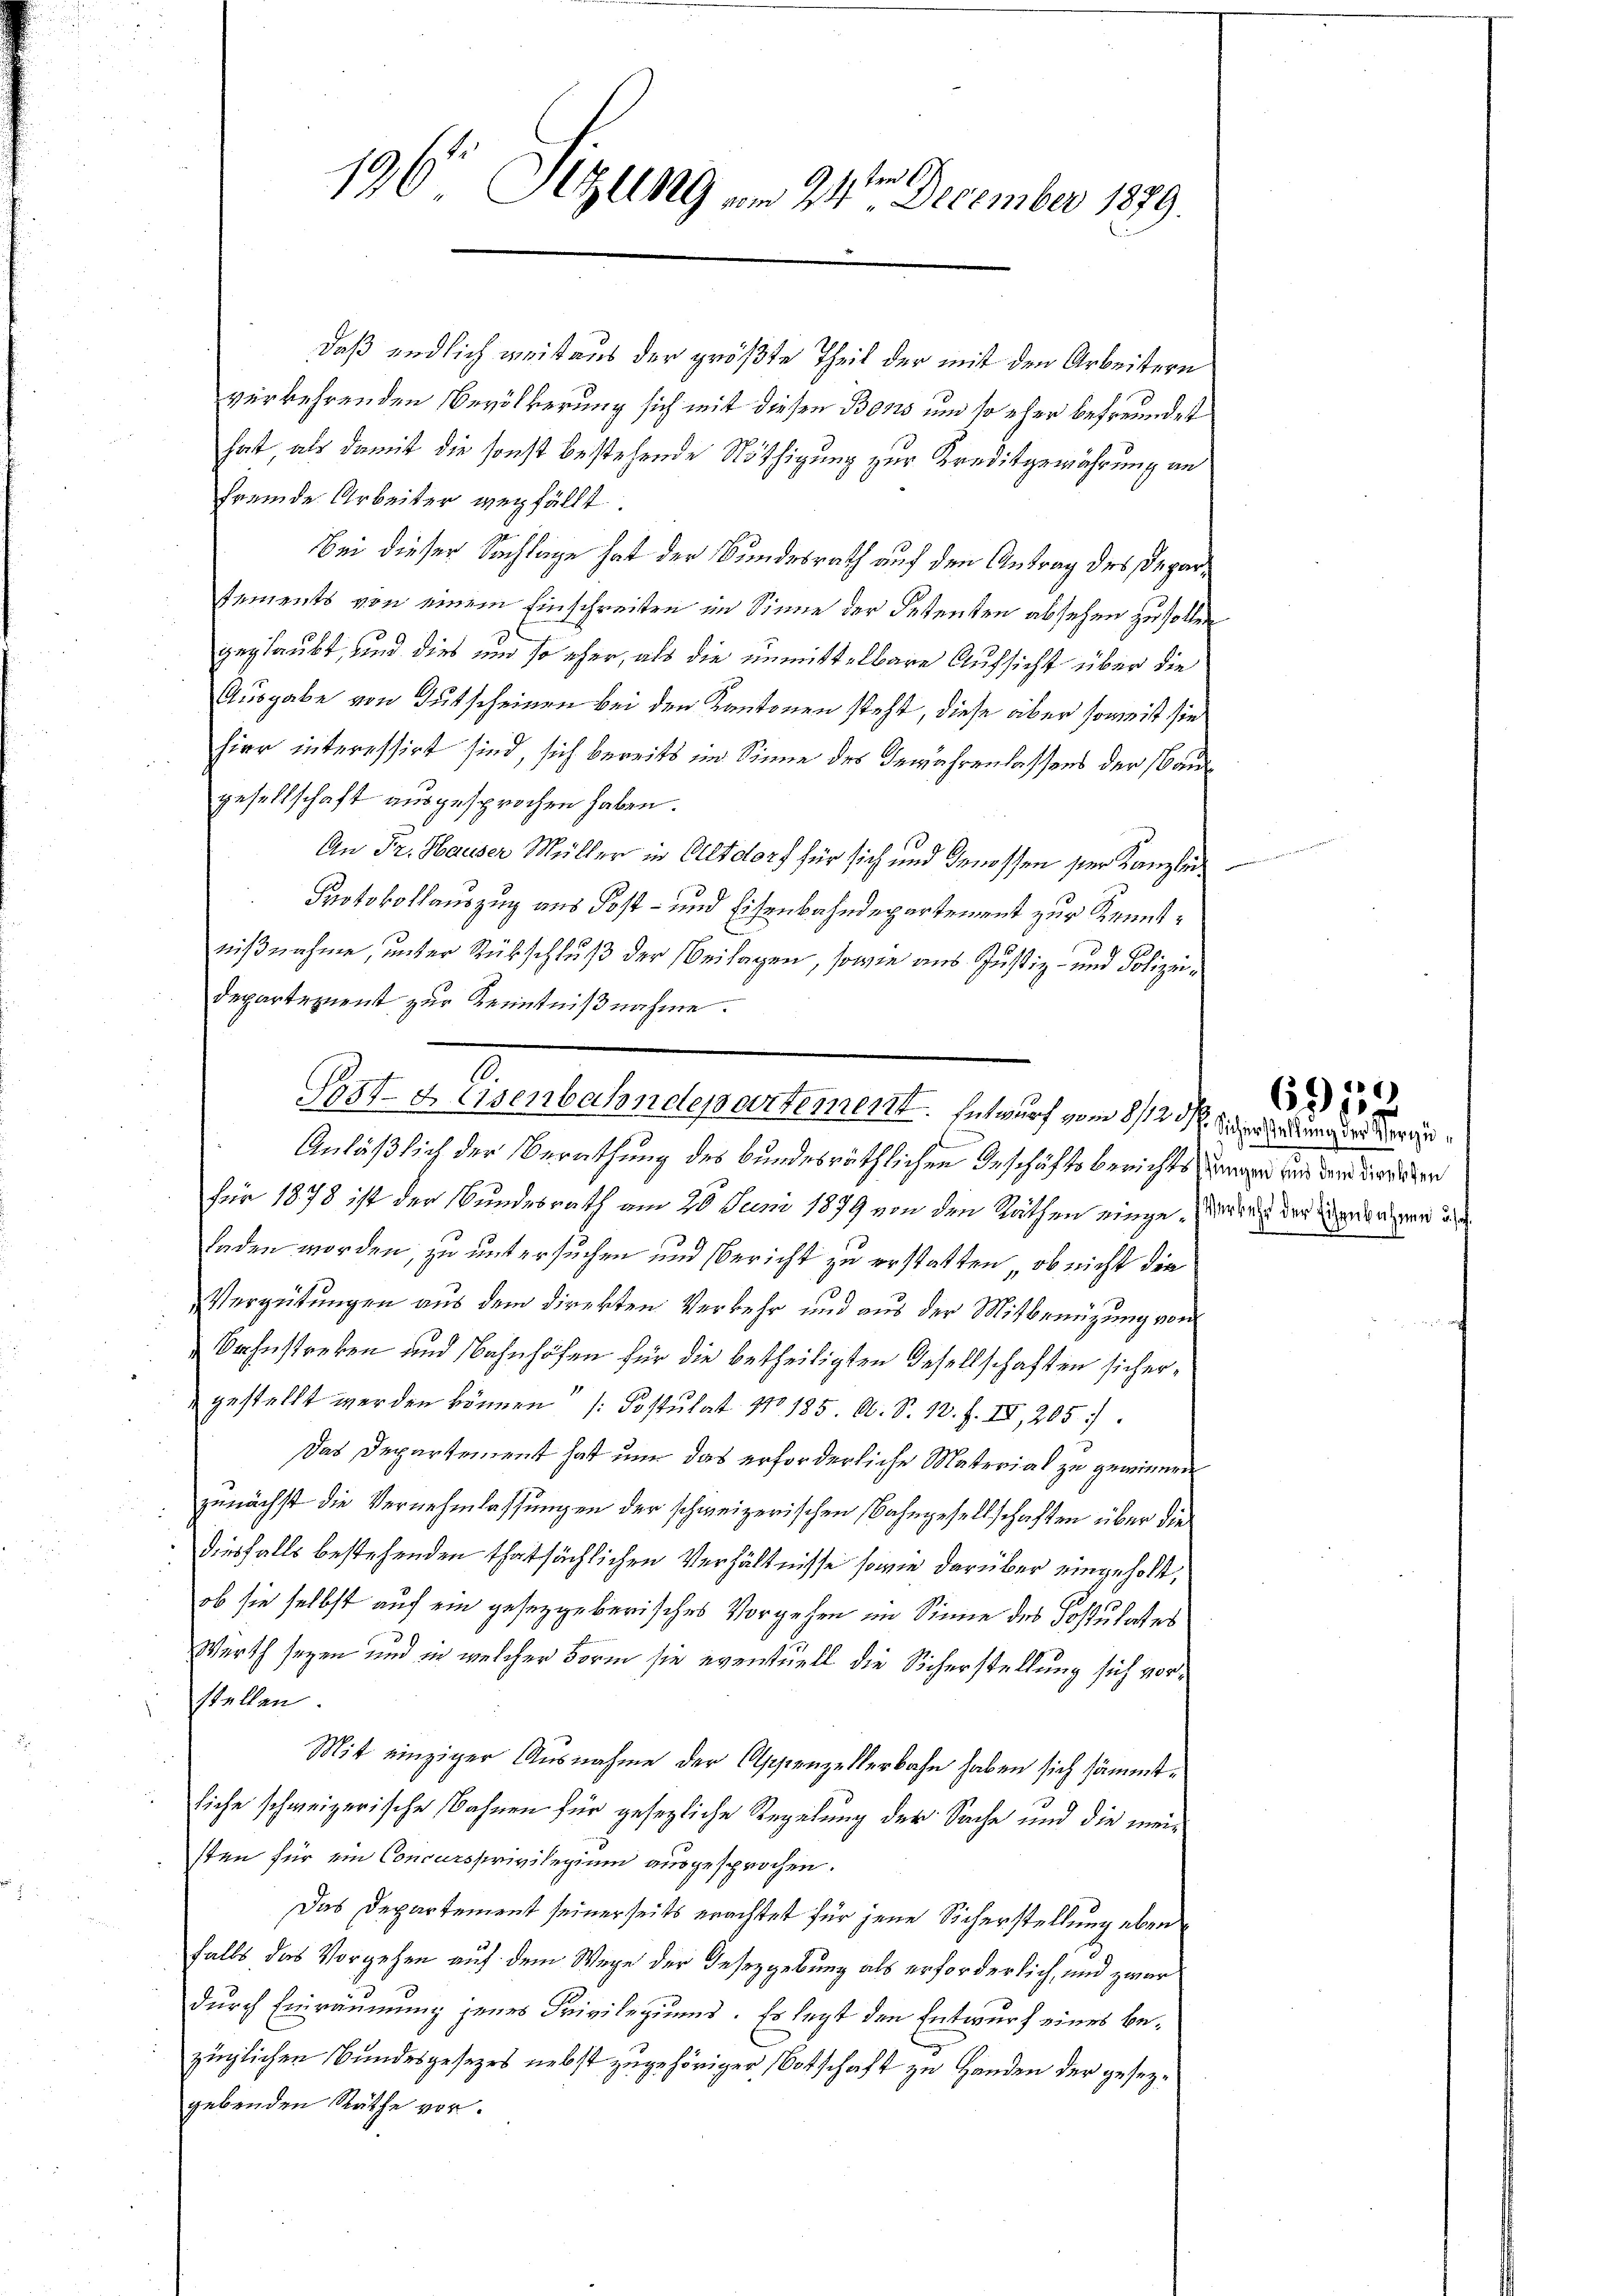
196. Sitzung am 24ten December 1879.

daß endlich weit aus der größte Theil der mit den Arbeitern
verkehrenden Bevölkerung sich mit diesen Bons um so eher befreundet
hat, als damit die sonst bestehende Nöthigung zur Kreditgewährung an
fremde Arbeiter verfällt.
Bei dieser Sachlage hat der Bundesrath auf den Antrag des Departements von einem Einschreiten im Sinne der Petenten absehen zu sollen
geglaubt, und dies und so eher, als die unmittelbare Aufsicht über die
Ausgabe von Gutscheinen bei den Kantonen steht, diese aber soweit sie
hier interessirt sind, sich bereits im Sinne des Gewährenlassens der Baugesellschaft ausgesprochen haben.
An Fr. Hauser Müller in Altdorf für sich und Genossen ser Kanzlich.
Protokollauszug aus Post- und Eisenbahndepartement zur Kenntnißnahme, unter Rückschluß der Beilagen, sowie aus Justiz- und Polizei¬
Departement zur Kenntnißnahme.
Anläßlich der Berathung des bundesräthlichen Geschäftsberichts zwar und dem dir über
für 1878 ist der Bundesrath am 20. Juni 1879 von den Räthen eingeres der Veranger an
laden worden, zu untersuchen und Bericht zu erstatten, ob nicht die
Vergütungen aus dem direkten Verkehr und aus der Mitbrenzung von
Bahnstreken und Bahnhöfen für die betheiligten Gesellschaften sichergestellt werden können" (Postulat No 185. O. S. 10. f. IV, 205.
Das Departement hat nur das erforderliche Material zu gewinner
zunächst die Vernehmlassungen der schweizerischen Bahngesellschaften über die
diesfalls bestehenden thatsächlichen Verhältnisse sowie darüber eingeholt,
ob sie selbst auf ein gesetzgeberisches Vorgehen im Sinne des Postulates
Werth seyen und in welcher Form sie eventuell die Sicherstellung sich vorstellen.
Mit einziger Ausnahme der Appenzellerbahn haben sich sämmt¬
Siche schweizerische Bahnen für gesezliche Regelung der Sache und die meisten für ein Concursprivilegium ausgesprochen.
Das Departement seinerseits erachtet für jene Sicherstellung eben
falls das Vorgehen auf dem Wege der Desezgebung als erforderlich, und zwar
durch Einräumung jenes Privilegiums. Es legt den Entwurf eines bezüglichen Bundesgesezes nebst zugehöriger Botschaft zu Handen der gesezgebenden Räthe vor.

3
Tostgesenbahndepartement. Entwurf vom 8/12 R. erladung der vorge¬

635 x